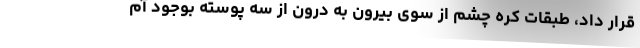
قرار داد، طبقات کره چشم از سوی بیرون به درون از سه پوسته بوجود آم